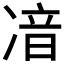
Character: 𠗥